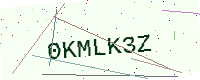
Text: 0KMLK3Z